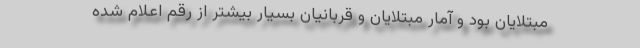
مبتلایان بود و آمار مبتلایان و قربانیان بسیار بیشتر از رقم اعلام شده